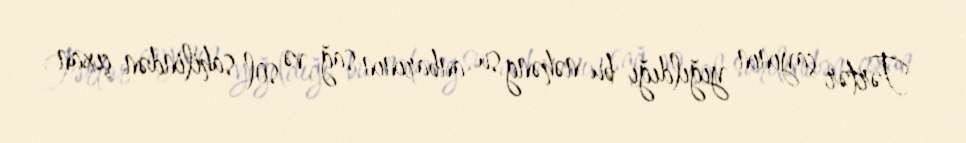
Tərtər çayının yığıldığı bu nəhəng su anbarının sağ və sol sahilindən çıxan